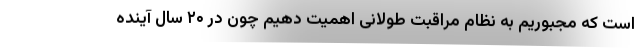
است که مجبوریم به نظام مراقبت طولانی اهمیت دهیم چون در ۲۰ سال آینده